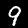
Digit: 9